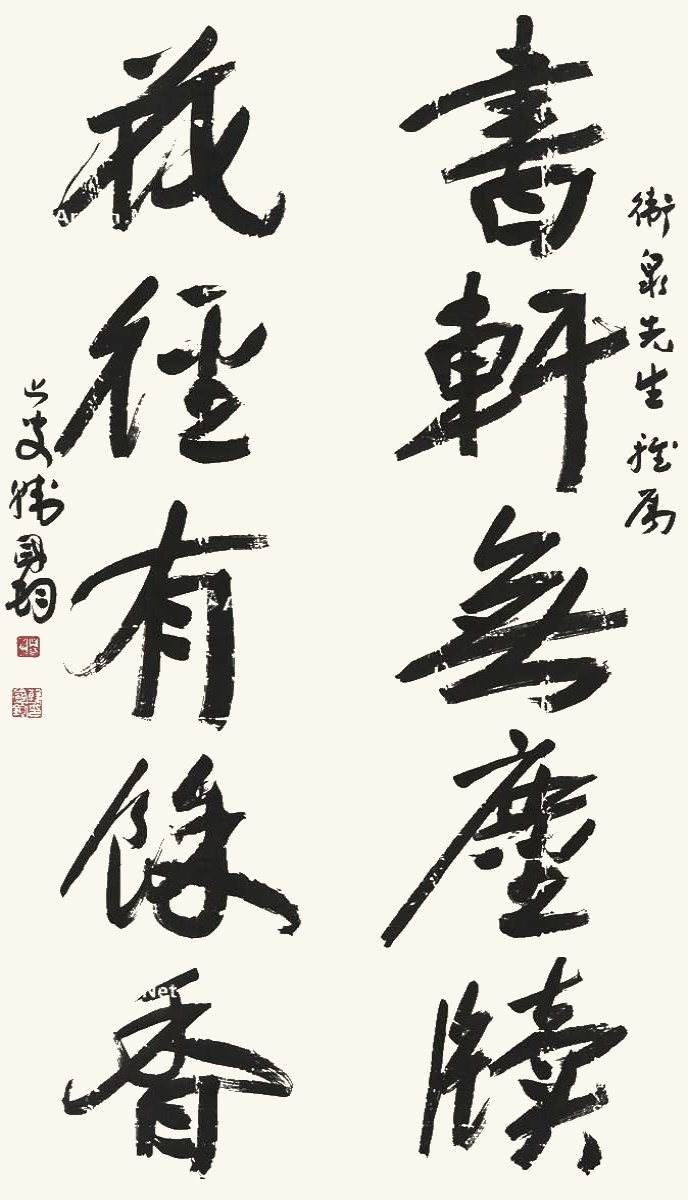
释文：书轩无尘牍，花径有余香。卫泉先生雅属，止叟韩国钧。